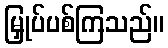
မြှုပ်ပစ်ကြသည်။